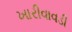
ખારીવાવડી